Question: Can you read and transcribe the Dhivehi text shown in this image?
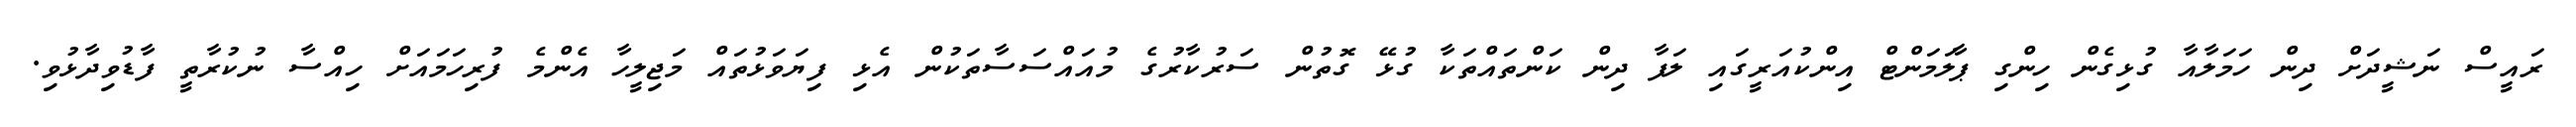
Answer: ރައީސް ނަޝީދަށް ދިން ހަމަލާއާ ގުޅިގެން ހިންގި ޕާލަމަންޓް އިންކުއަރީގައި ލަފާ ދިން ކަންތައްތަކާ ގުޅޭ ގޮތުން ސަރުކާރުގެ މުއައްސަސާތަކުން އެޅި ފިޔަވަޅުތައް މަޖިލީހާ އެންމެ ފުރިހަމައަށް ހިއްސާ ނުކުރާތީ ފާޑުވިދާޅުވި.